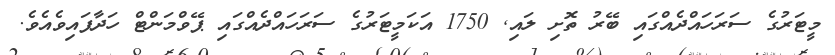
މީޓަރުގެ ސަރަހައްދެއްގައި ބޭރު ތޮށި ލައި